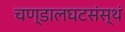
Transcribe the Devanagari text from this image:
चण्डालघटसंस्थं